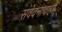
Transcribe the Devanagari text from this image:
संवेदनावाही